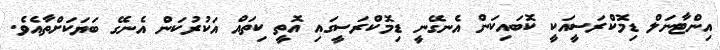
އިންޓާނަލް ޑިމޮކްރަސީއަކީ ކޮބައިކަން އެނގޭނީ ޑިމޮކްރަސީގައި އޮތީ ކިތައް އަކުރުކަން އެނގޭ ބަޔަކަށްތާއެވެ.